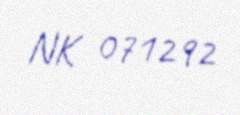
NK 071292